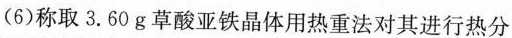
(6)称取3.60g草酸亚铁晶体用热重法对其进行热分